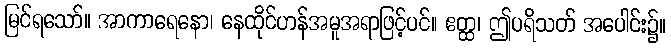
မြင်ရသော်။ အာကာရေနော၊ နေထိုင်ဟန်အမူအရာဖြင့်ပင်။ ဧတ္ထ၊ ဤပရိသတ် အပေါင်း၌။